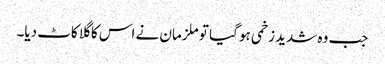
جب وہ شدید زخمی ہو گیا تو ملزمان نے اس کا گلا کاٹ دیا۔